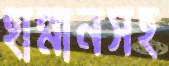
হান্নানসহ